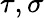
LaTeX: \tau,\sigma